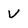
Character: v